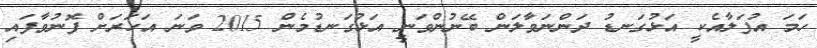
ހަމަ އުފަލާއެކީ އަޅުގަނޑު ދަންނަވާލަން ބޭނުންވަނީ އަޅުގަނޑުމެން 2015 ވަނަ އަހަރަށް ފޮނުވާފައި